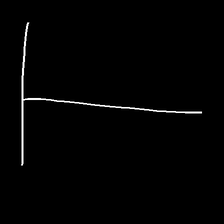
Glyph: column